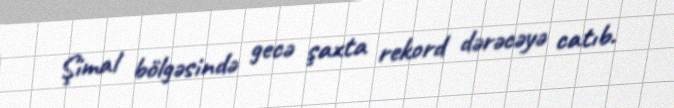
Şimal bölgəsində gecə şaxta rekord dərəcəyə catıb.